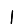
Digit: 1